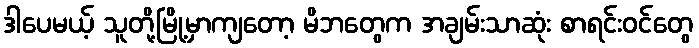
ဒါပေမယ့် သူတို့မြို့မှာကျတော့ မိဘတွေက အချမ်းသာဆုံး စာရင်းဝင်တွေ